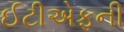
ઈટીએફની